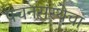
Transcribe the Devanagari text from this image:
पचनसंस्थेचा